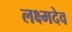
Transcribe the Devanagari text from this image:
लक्ष्मदेव